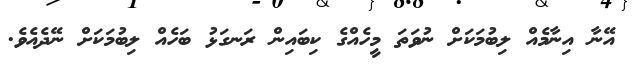
އޭނާ އިނާމެއް ލިބުމަކަށް ނުވަތަ މީހެއްގެ ކިބައިން ރަނގަޅު ބަހެއް ލިބުމަކަށް ނޭދެއެވެ.